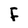
Character: F